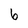
Character: 6